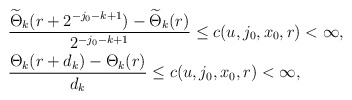
\begin{align*}&\frac{\widetilde{\Theta}_{k}(r+2^{-j_{0}-k+1})-\widetilde{\Theta}_{k}(r)}{2^{-j_{0}-k+1}}\leq c(u,j_{0},x_{0},r)<\infty,\\&\frac{\Theta_{k}(r+d_{k})-\Theta_{k}(r)}{d_{k}}\leq c(u,j_{0},x_{0},r)<\infty, \end{align*}